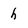
Character: h